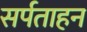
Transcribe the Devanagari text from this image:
सर्पताहन